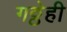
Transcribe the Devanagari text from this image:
गठ्ठेही